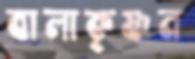
বালাকৃষ্ণন